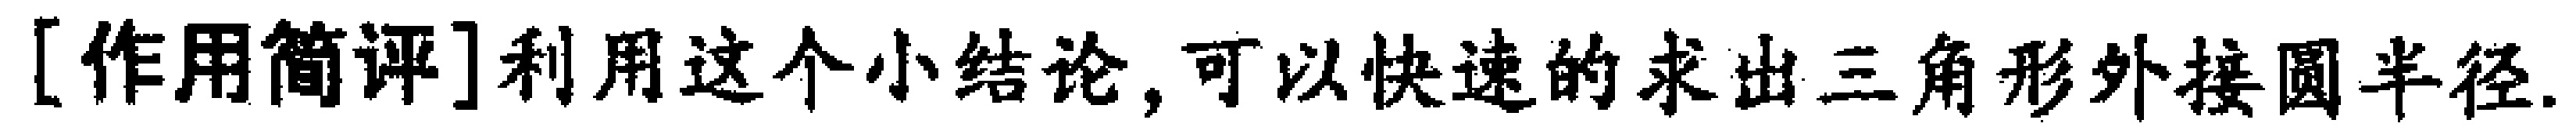
[作用简评]利用这个小结论,可以快速的求出三角形外接圆半径.